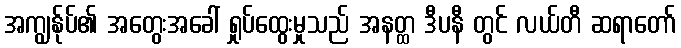
အကျွန်ုပ်၏ အတွေးအခေါ် ရှုပ်ထွေးမှုသည် အနတ္ထ ဒီပနီ တွင် လယ်တီ ဆရာတော်